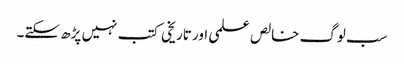
سب لوگ خالص علمی اور تاریخی کتب نہیں پڑھ سکتے۔